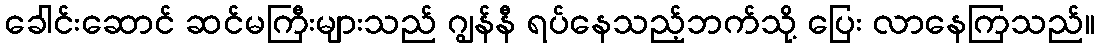
ခေါင်းဆောင် ဆင်မကြီးများသည် ဂျွန်နီ ရပ်နေသည့်ဘက်သို့ ပြေး လာနေကြသည်။